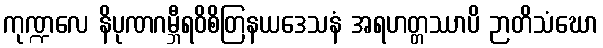
ကုဏ္ဍလေ နိပုဏဂမ္ဘီရဝိစိတြနယဒေသနံ အရဟတ္တဿာပိ ဉာတိသံဃော